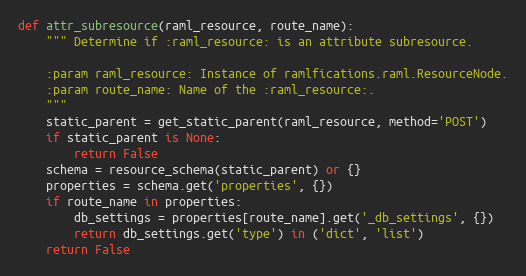
Language: Python
def attr_subresource(raml_resource, route_name):
    """ Determine if :raml_resource: is an attribute subresource.

    :param raml_resource: Instance of ramlfications.raml.ResourceNode.
    :param route_name: Name of the :raml_resource:.
    """
    static_parent = get_static_parent(raml_resource, method='POST')
    if static_parent is None:
        return False
    schema = resource_schema(static_parent) or {}
    properties = schema.get('properties', {})
    if route_name in properties:
        db_settings = properties[route_name].get('_db_settings', {})
        return db_settings.get('type') in ('dict', 'list')
    return False